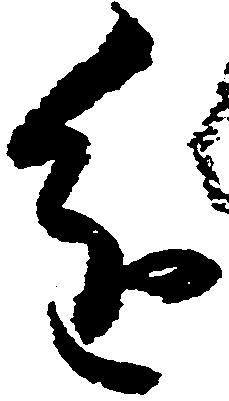
進